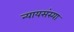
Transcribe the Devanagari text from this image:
न्यायसंस्या